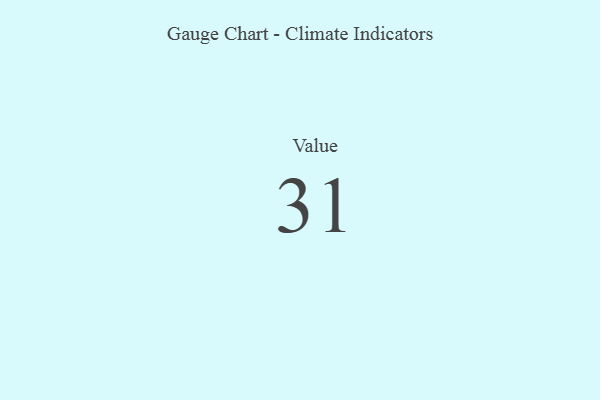
{"axis": {"x": "Metric", "y": "Value"}, "legend": [""], "data": [{"x": "Value", "y": 31, "type": ""}]}